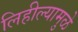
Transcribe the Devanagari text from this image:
लिहील्यामुळे